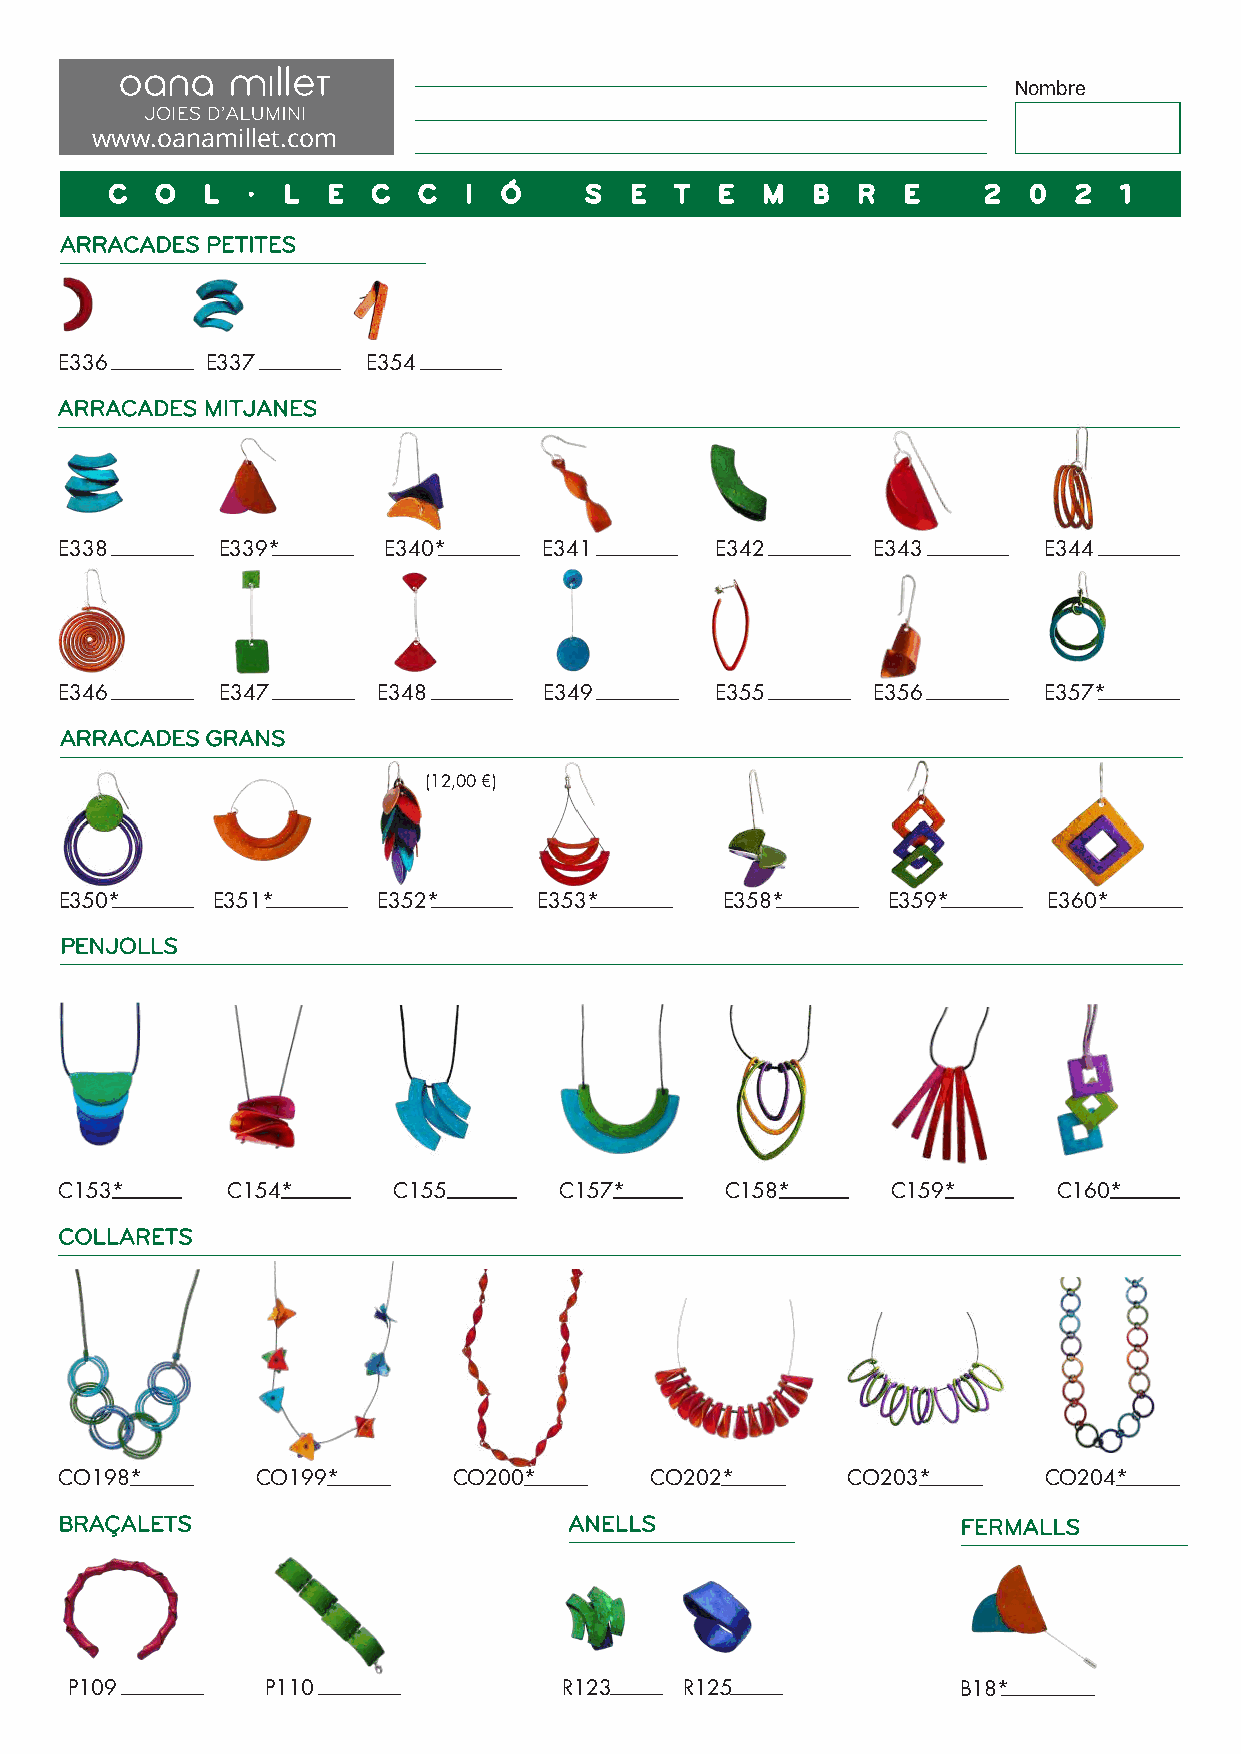
Nombre
 www.oanamillet.com
 C  O  L  ·  L  E  C  C  I Ó     S  E  T  E M   B  R  E    2  0  2  1
 ARRACADES PETITES
 E336      E337      E354
 ARRACADES MITJANES
 E338      E339*      E340*      E341       E342       E343       E344
 E346      E347       E348       E349       E355       E356       E357*
 ARRACADES GRANS
 (12,00 €)
 E350*     E351*      E352*      E353*       E358*      E359*     E360*
 PENJOLLS
 C153*      C154*      C155       C157*      C158*      C159*      C160*
 COLLARETS
 CO198*       CO199*       CO200*       CO202*       CO203*       CO204*
 BRAÇALETS                         ANELLS                    FERMALLS
 P109          P110               R123    R125              B18*